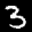
Label: 3